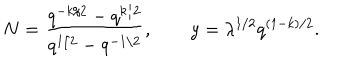
LaTeX: N = { \frac { q ^ { - k / 2 } - q ^ { k / 2 } } { q ^ { 1 / 2 } - q ^ { - 1 / 2 } } } , \qquad y = \lambda ^ { 1 / 2 } q ^ { ( 1 - k ) / 2 } .